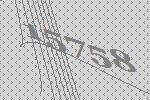
15758